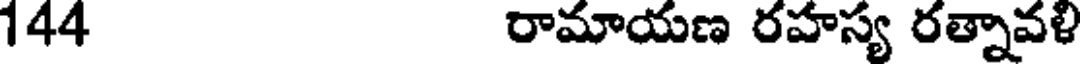
144 రామాయణ రహస్య రత్నావళి